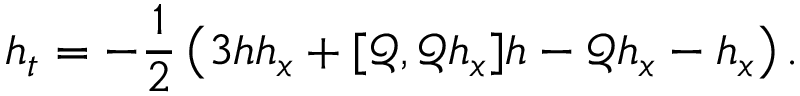
h _ { t } = - \frac { 1 } { 2 } \left( 3 h h _ { x } + [ \mathscr { Q } , \mathscr { Q } h _ { x } ] h - \mathscr { Q } h _ { x } - h _ { x } \right) .